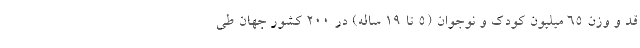
قد و وزن ۶۵ میلیون کودک و نوجوان (۵ تا ۱۹ ساله) در ۲۰۰ کشور جهان طی